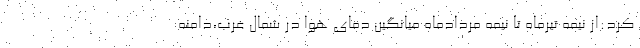
کرد:از نیمه تیرماه تا نیمه مردادماه میانگین دمای هوا در شمال غرب،دامنه